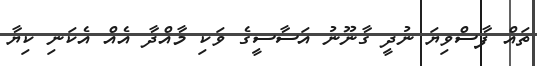
ތައް ފާސްވިޔަ ނުދީ ގާނޫނު އަސާސީގެ ވަކި މާއްދާ އެއް އެކަނި ކިޔާ